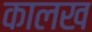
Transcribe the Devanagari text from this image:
कालख